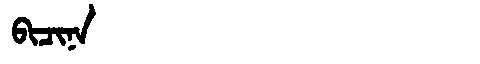
Manchu: ᠪᡳᠴᡳᠨᠠ
Romanization: BICINA